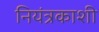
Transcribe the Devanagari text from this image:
नियंत्रकाशी